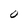
Character: 0